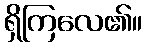
ရှိကြလေ၏။